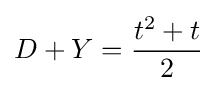
D+Y={\frac {t^{2}+t}{2}}